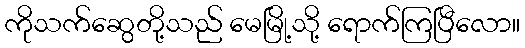
ကိုသက်ဆွေတို့သည် မေမြို့သို့ ရောက်ကြပြီလော။